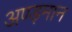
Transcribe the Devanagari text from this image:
अण्ड़मान